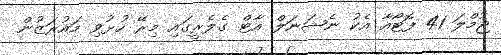
ޖުމްލަ 41 ފޮޓޯއާ އެކު ނެޝަނަލް އާޓް ގެލެރީގައި މިރޭ ހުޅުވި މައުރަޒުން